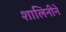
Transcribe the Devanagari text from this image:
शालिनीने